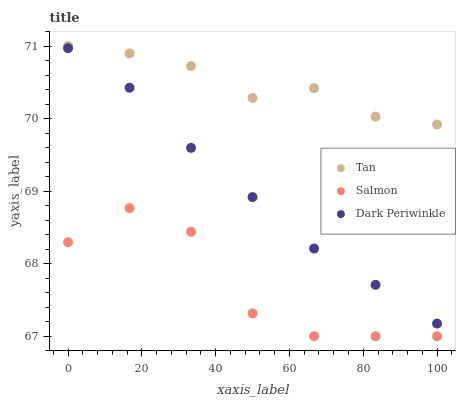
| xaxis_label | Tan | Salmon | Dark Periwinkle |
 | --- | --- | --- | --- |
 | 0 | 71 | 68.3 | 71 |
 | 16.7 | 70.9 | 68.8 | 70.4 |
 | 33.3 | 70.7 | 68.4 | 69.6 |
 | 50 | 70.3 | 67.3 | 68.9 |
 | 66.7 | 70.4 | 67 | 68.2 |
 | 83.3 | 70 | 67 | 67.7 |
 | 100 | 69.9 | 67 | 67.2 |